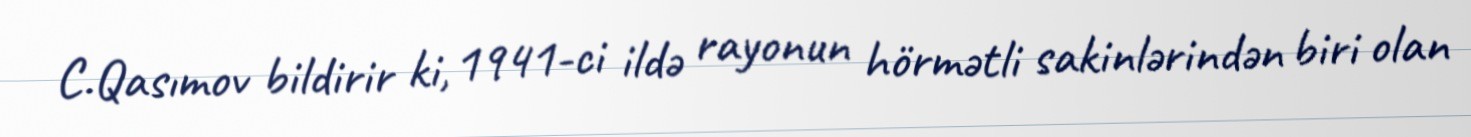
C.Qasımov bildirir ki, 1941-ci ildə rayonun hörmətli sakinlərindən biri olan